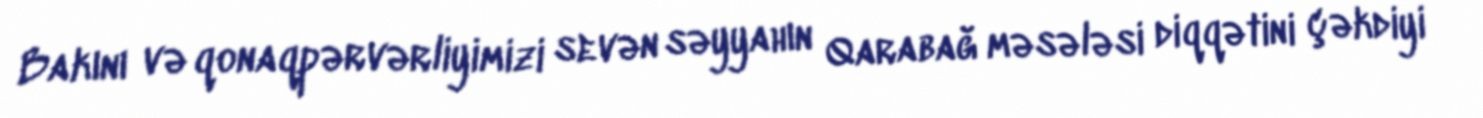
Bakını və qonaqpərvərliyimizi sevən səyyahın Qarabağ məsələsi diqqətini çəkdiyi